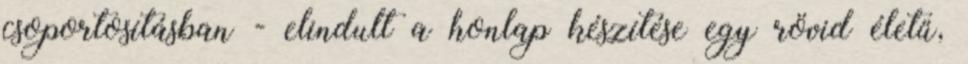
csoportosításban - elindult a honlap készítése egy rövid életű,